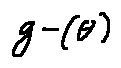
g - ( \theta )